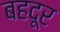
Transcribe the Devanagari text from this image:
बहदूर